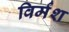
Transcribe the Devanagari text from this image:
विर्मश